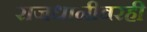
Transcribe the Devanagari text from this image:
राजधानीवरही